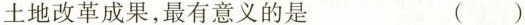
土地改革成果，最有意义的是 ( )